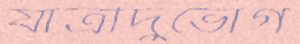
যাত্রীদুর্ভোগ